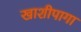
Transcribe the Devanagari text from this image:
खाशीपागा